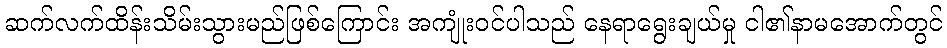
ဆက်လက်ထိန်းသိမ်းသွားမည်ဖြစ်ကြောင်း အကျုံးဝင်ပါသည် နေရာရွေးချယ်မှု ငါ၏နာမအောက်တွင်